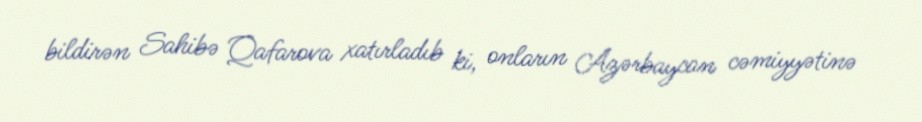
bildirən Sahibə Qafarova xatırladıb ki, onların Azərbaycan cəmiyyətinə